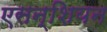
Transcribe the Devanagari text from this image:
एसन्शियन